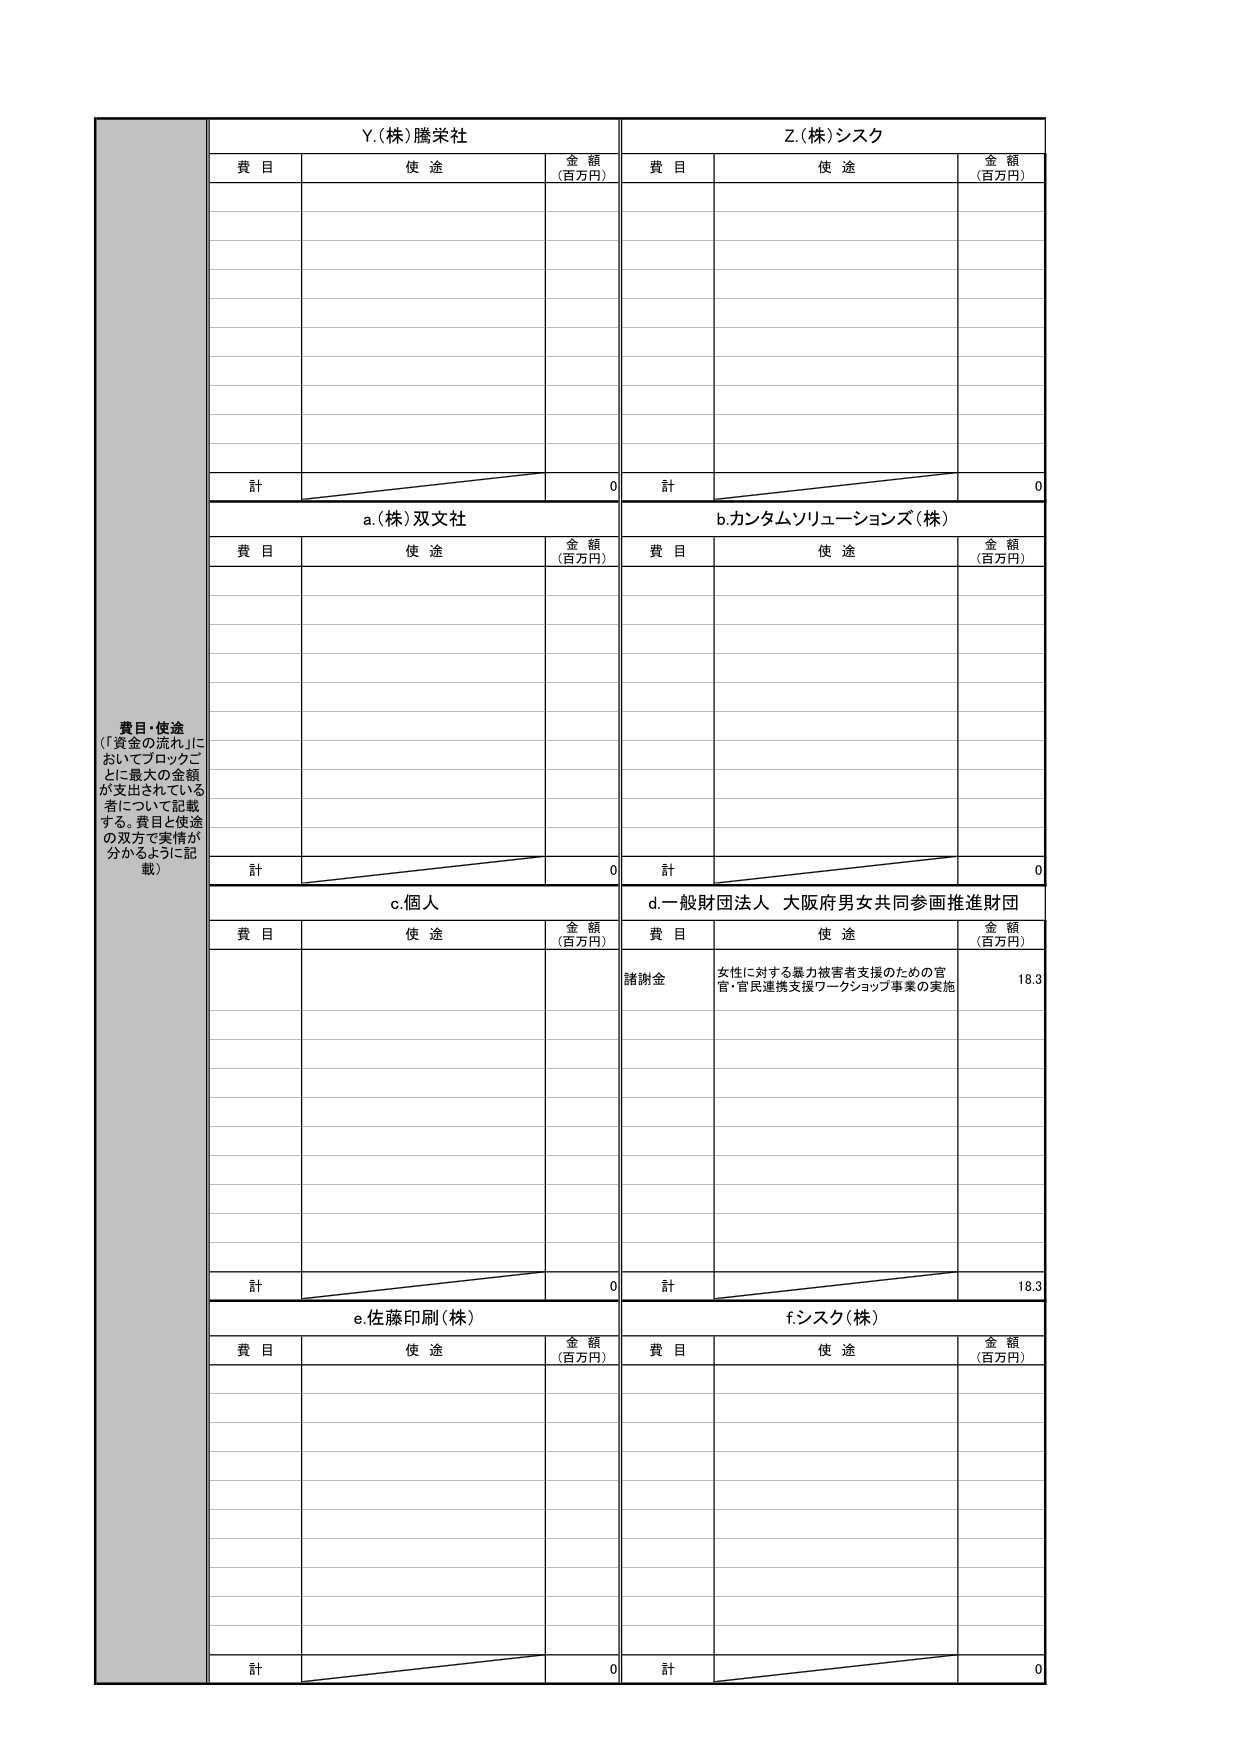
費目・使途
（「資金の流れ」においてブロックごとに最大の金額が支出されている者について記載する。費目と使途の双方で実情が分かるように記載）

Y.(株)騰栄社
費目　　使途　　金額（百万円）

計